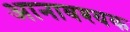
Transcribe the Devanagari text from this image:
आनावश्यक